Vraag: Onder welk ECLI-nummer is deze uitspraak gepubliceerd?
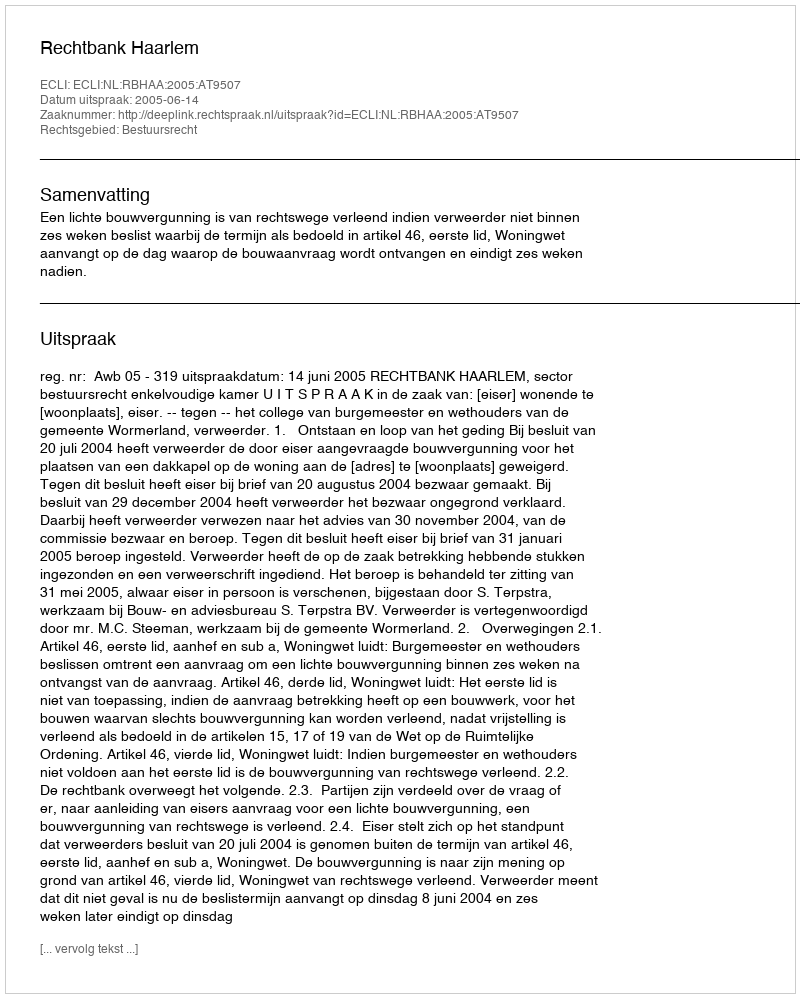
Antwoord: ECLI:NL:RBHAA:2005:AT9507